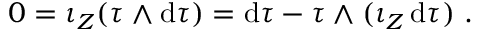
0 = \iota _ { Z } ( \tau \wedge \mathrm { d } \tau ) = \mathrm { d } \tau - \tau \wedge ( \iota _ { Z } \, \mathrm { d } \tau ) \ .